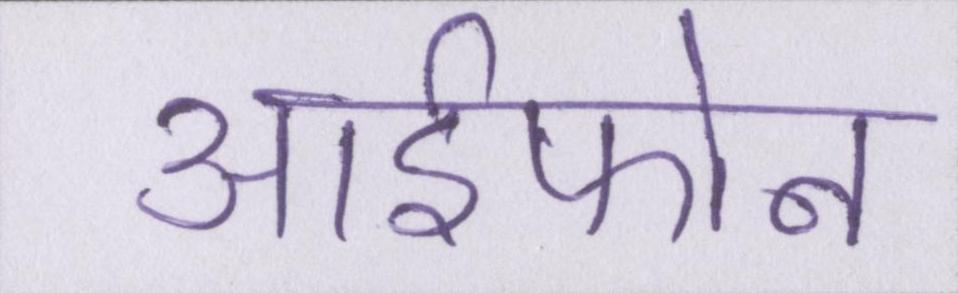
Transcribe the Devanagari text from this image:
आईफोन